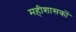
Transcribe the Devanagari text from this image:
महीशासकों